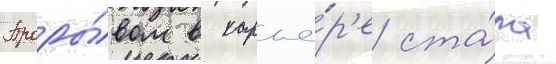
Проры́вом в карье́р'е ста́ла